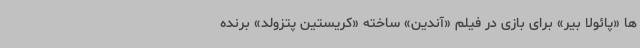
ها «پائولا بیر» برای بازی در فیلم «آندین» ساخته «کریستین پتزولد» برنده